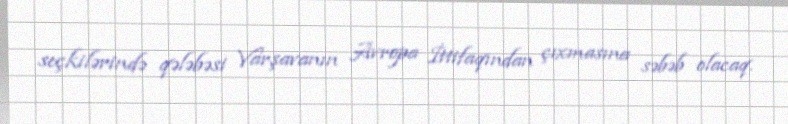
seçkilərində qələbəsi Varşavanın Avropa İttifaqından çıxmasına səbəb olacaq.